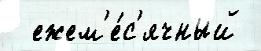
  ежем'е́с'ячный